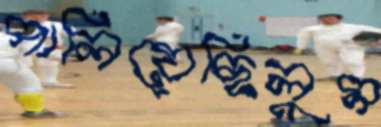
পালিয়েছিলুম